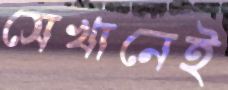
সেখানেই